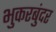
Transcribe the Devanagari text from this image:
भुकरबुंदर